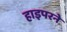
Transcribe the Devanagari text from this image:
हाइपरने